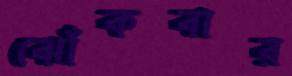
ঝোঁকবার